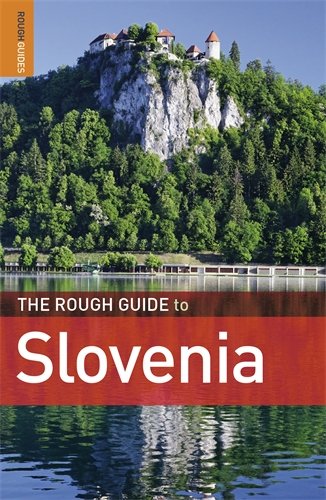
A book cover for The Rough Guide to Slovenia; Darren (Norm) Longley; Travel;